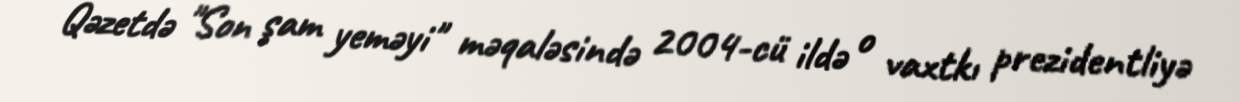
Qəzetdə "Son şam yeməyi" məqaləsində 2004-cü ildə o vaxtkı prezidentliyə